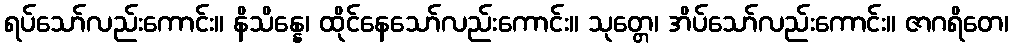
ရပ်သော်လည်းကောင်း။ နိသိန္နေ၊ ထိုင်နေသော်လည်းကောင်း။ သုတ္တေ၊ အိပ်သော်လည်းကောင်း။ ဇာဂရိတေ၊